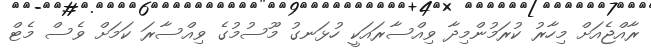
ރާއްޖެއަށް މިހާރު ކުރަމުންމިދާ ވިއްސާރައަކީ ހުޅަނގު މޫސުމުގެ ވިއްސާރަ ކަމަށް ވެސް މެޓް